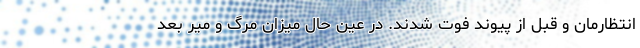
انتظارمان و قبل از پیوند فوت شدند. در عین حال میزان مرگ و میر بعد